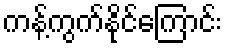
ကန့်ကွက်နိုင်ကြောင်း